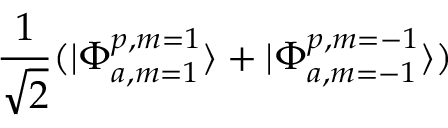
\frac { 1 } { \sqrt { 2 } } ( | \Phi _ { a , m = 1 } ^ { p , m = 1 } \rangle + | \Phi _ { a , m = - 1 } ^ { p , m = - 1 } \rangle )